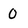
Character: 0